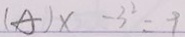
( A ) x - 3 ^ { 2 } = 9